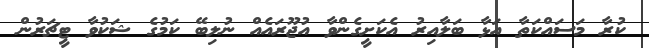
ކުރާ މަސައްކަތާ އަޅާ ބަލާއިރު އެކަށީގެންވާ އުޖޫރައެއް ނުލިބޭ ކަމުގެ ޝަކުވާ ޓީޗަރުން